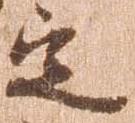
定